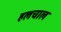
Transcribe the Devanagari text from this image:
हलचाल